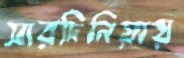
সারদিনিয়ায়